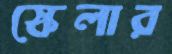
স্কেলার